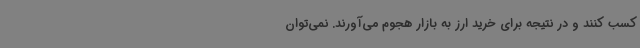
کسب کنند و در نتیجه برای خرید ارز به بازار هجوم می‌آورند. نمی‌توان